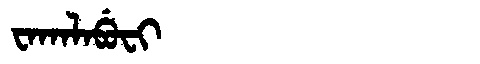
Manchu: ᠸᠠᡴᠠᠯᠠᠪᡠᠸᡳ
Romanization: WAKALABUFI